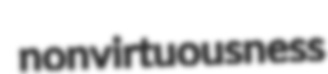
nonvirtuousness